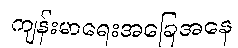
ကျန်းမာရေးအခြေအနေ